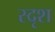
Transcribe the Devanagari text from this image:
स्दृश